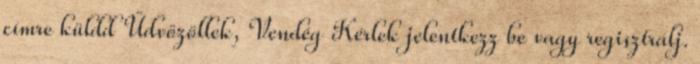
címre küldd Üdvözöllek, Vendég Kérlek jelentkezz be vagy regisztrálj.